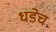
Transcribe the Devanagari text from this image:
धडेच